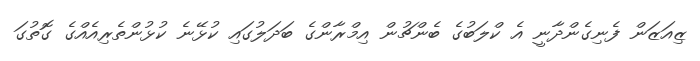
ޒިއަޒަން ފެނިގެންދާނީ އެ ކްލަބުގެ ބެންޗުން އިމްރާންގެ ބަދަލުގައި ކުޅޭނެ ކުޅުންތެރިއެއްގެ ގޮތުގަ